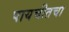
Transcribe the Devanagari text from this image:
पायचीतचा